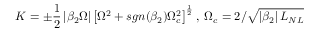
K = \pm \frac { 1 } { 2 } \left| \beta _ { 2 } \Omega \right| \left[ \Omega ^ { 2 } + s g n ( \beta _ { 2 } ) \Omega _ { c } ^ { 2 } \right] ^ { \frac { 1 } { 2 } } , \; \Omega _ { c } = 2 / \sqrt { \left| \beta _ { 2 } \right| L _ { N L } }